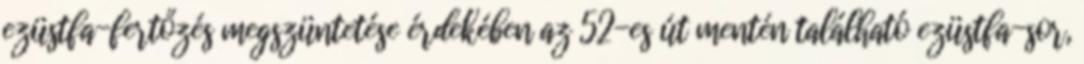
ezüstfa-fertőzés megszüntetése érdekében az 52-es út mentén található ezüstfa-sor,